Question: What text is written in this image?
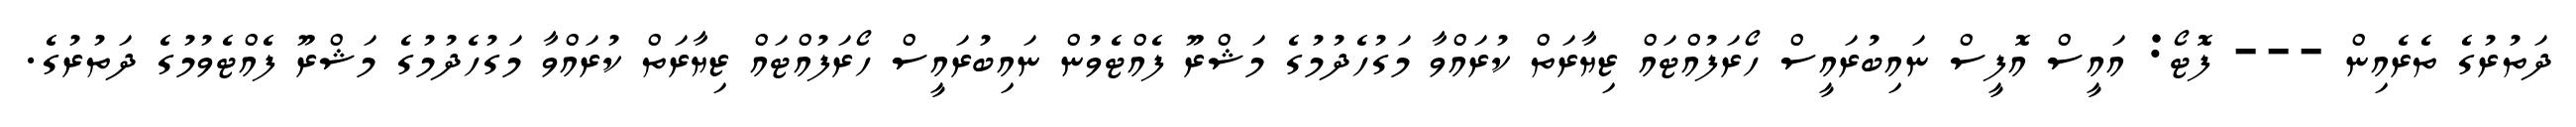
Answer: ދަތުރުގެ ތެރެއިން --- ފޮޓޯ: އައީސް އޮފީސް ނައިބުރައީސް ހޯރަފުއްޓައް ޒިޔާރަތް ކުރައްވާ މަގުހެދުމުގެ މަޝްރޫ ފެއްޓެވުން ނައިބުރައީސް ހޯރަފުއްޓައް ޒިޔާރަތް ކުރައްވާ މަގުހެދުމުގެ މަޝްރޫ ފެއްޓެވުމުގެ ދަތުރުގެ.